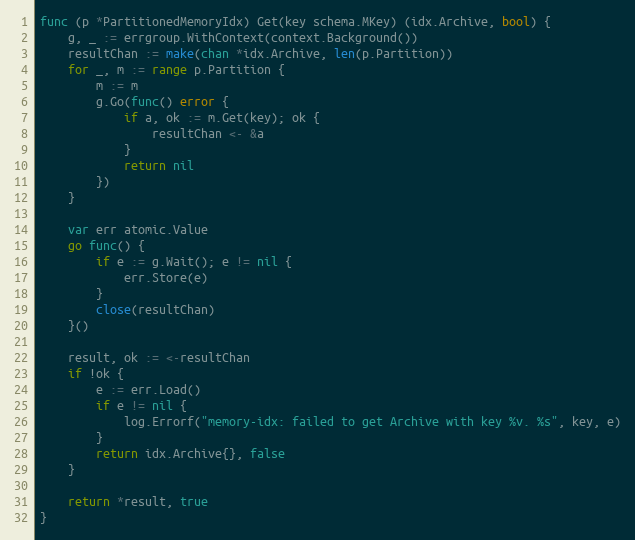
Language: Go
func (p *PartitionedMemoryIdx) Get(key schema.MKey) (idx.Archive, bool) {
	g, _ := errgroup.WithContext(context.Background())
	resultChan := make(chan *idx.Archive, len(p.Partition))
	for _, m := range p.Partition {
		m := m
		g.Go(func() error {
			if a, ok := m.Get(key); ok {
				resultChan <- &a
			}
			return nil
		})
	}

	var err atomic.Value
	go func() {
		if e := g.Wait(); e != nil {
			err.Store(e)
		}
		close(resultChan)
	}()

	result, ok := <-resultChan
	if !ok {
		e := err.Load()
		if e != nil {
			log.Errorf("memory-idx: failed to get Archive with key %v. %s", key, e)
		}
		return idx.Archive{}, false
	}

	return *result, true
}